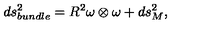
d s _ { b u n d l e } ^ { 2 } = R ^ { 2 } \omega \otimes \omega + d s _ { M } ^ { 2 } ,